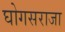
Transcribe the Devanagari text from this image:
घोगसराजा